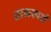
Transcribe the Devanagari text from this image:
तालस्पर्श